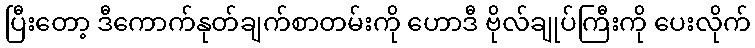
ပြီးတော့ ဒီကောက်နုတ်ချက်စာတမ်းကို ဟောဒီ ဗိုလ်ချုပ်ကြီးကို ပေးလိုက်